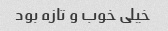
خیلی خوب و تازه بود